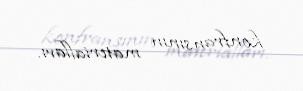
konfransının materialları.